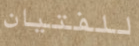
للفتيان